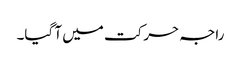
راجہ حرکت میں آ گیا۔